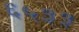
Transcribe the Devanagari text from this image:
६५३३